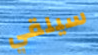
سيلقي